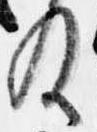
及